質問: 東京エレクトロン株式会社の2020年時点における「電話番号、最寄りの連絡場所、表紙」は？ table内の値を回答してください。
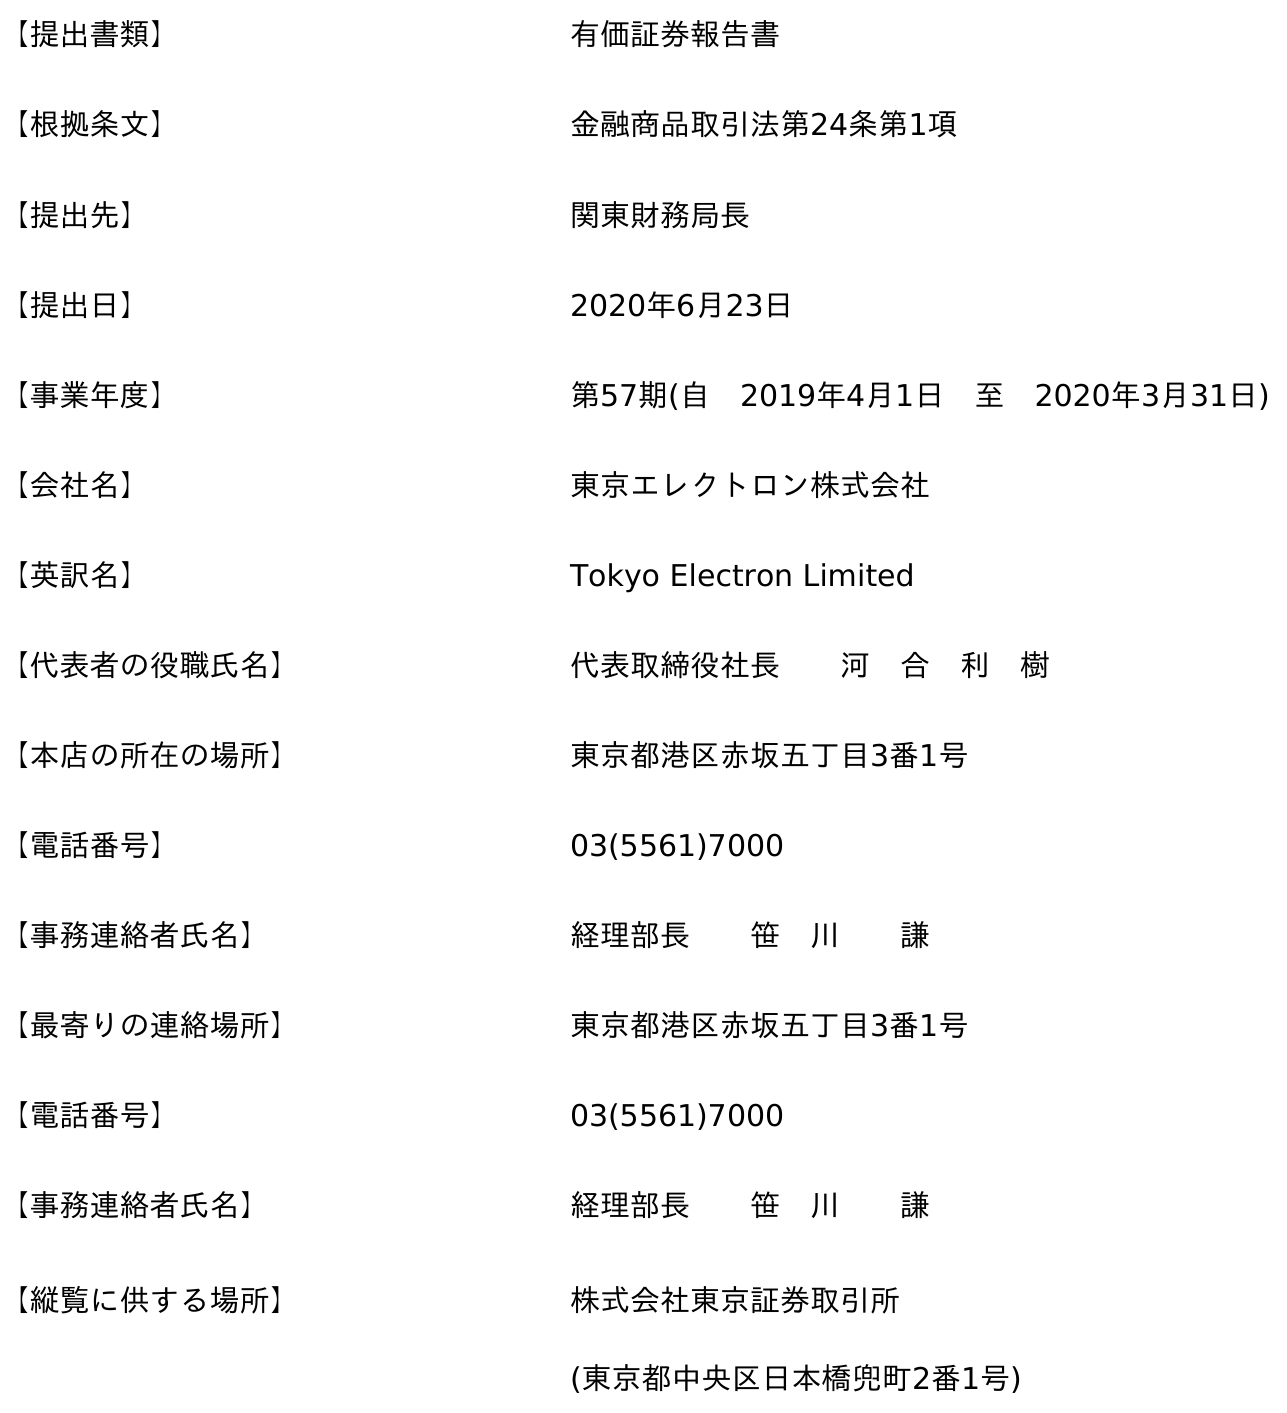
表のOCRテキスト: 【提出書類】 有価証券報告書 【根拠条文】 金融商品取引法第24条第1項 【提出先】 関東財務局長 【提出日】 2020年6月23日 【事業年度】 第57期(自 2019年4月1日 至 2020年3月31日) 【会社名】 東京エレクトロン株式会社 【英訳名】 Tokyo Electron Limited 【代表者の役職氏名】 代表取締役社長  河 合 利 樹 【本店の所在の場所】 東京都港区赤坂五丁目3番1号 【電話番号】 03(5561)7000 【事務連絡者氏名】 経理部長  笹 川  謙 【最寄りの連絡場所】 東京都港区赤坂五丁目3番1号 【電話番号】 03(5561)7000 【事務連絡者氏名】 経理部長  笹 川  謙 【縦覧に供する場所】 株式会社東京証券取引所 (東京都中央区日本橋兜町2番1号)
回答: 03(5561)7000